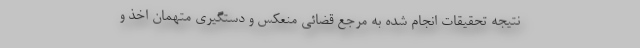
نتیجه تحقیقات انجام شده به مرجع قضائی منعکس و دستگیری متهمان اخذ و